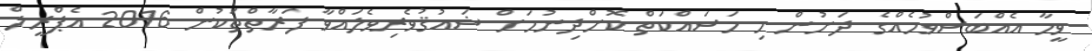
ވީމާ އެއްބަސްވުމެއްގެ ދަށުން މި މަސައްކަތް ކޮށްދިނުމަށް ޝައުޤުވެރިވެލައްވާ ފަރާތްތަކުން 2016 އެޕްރީލް